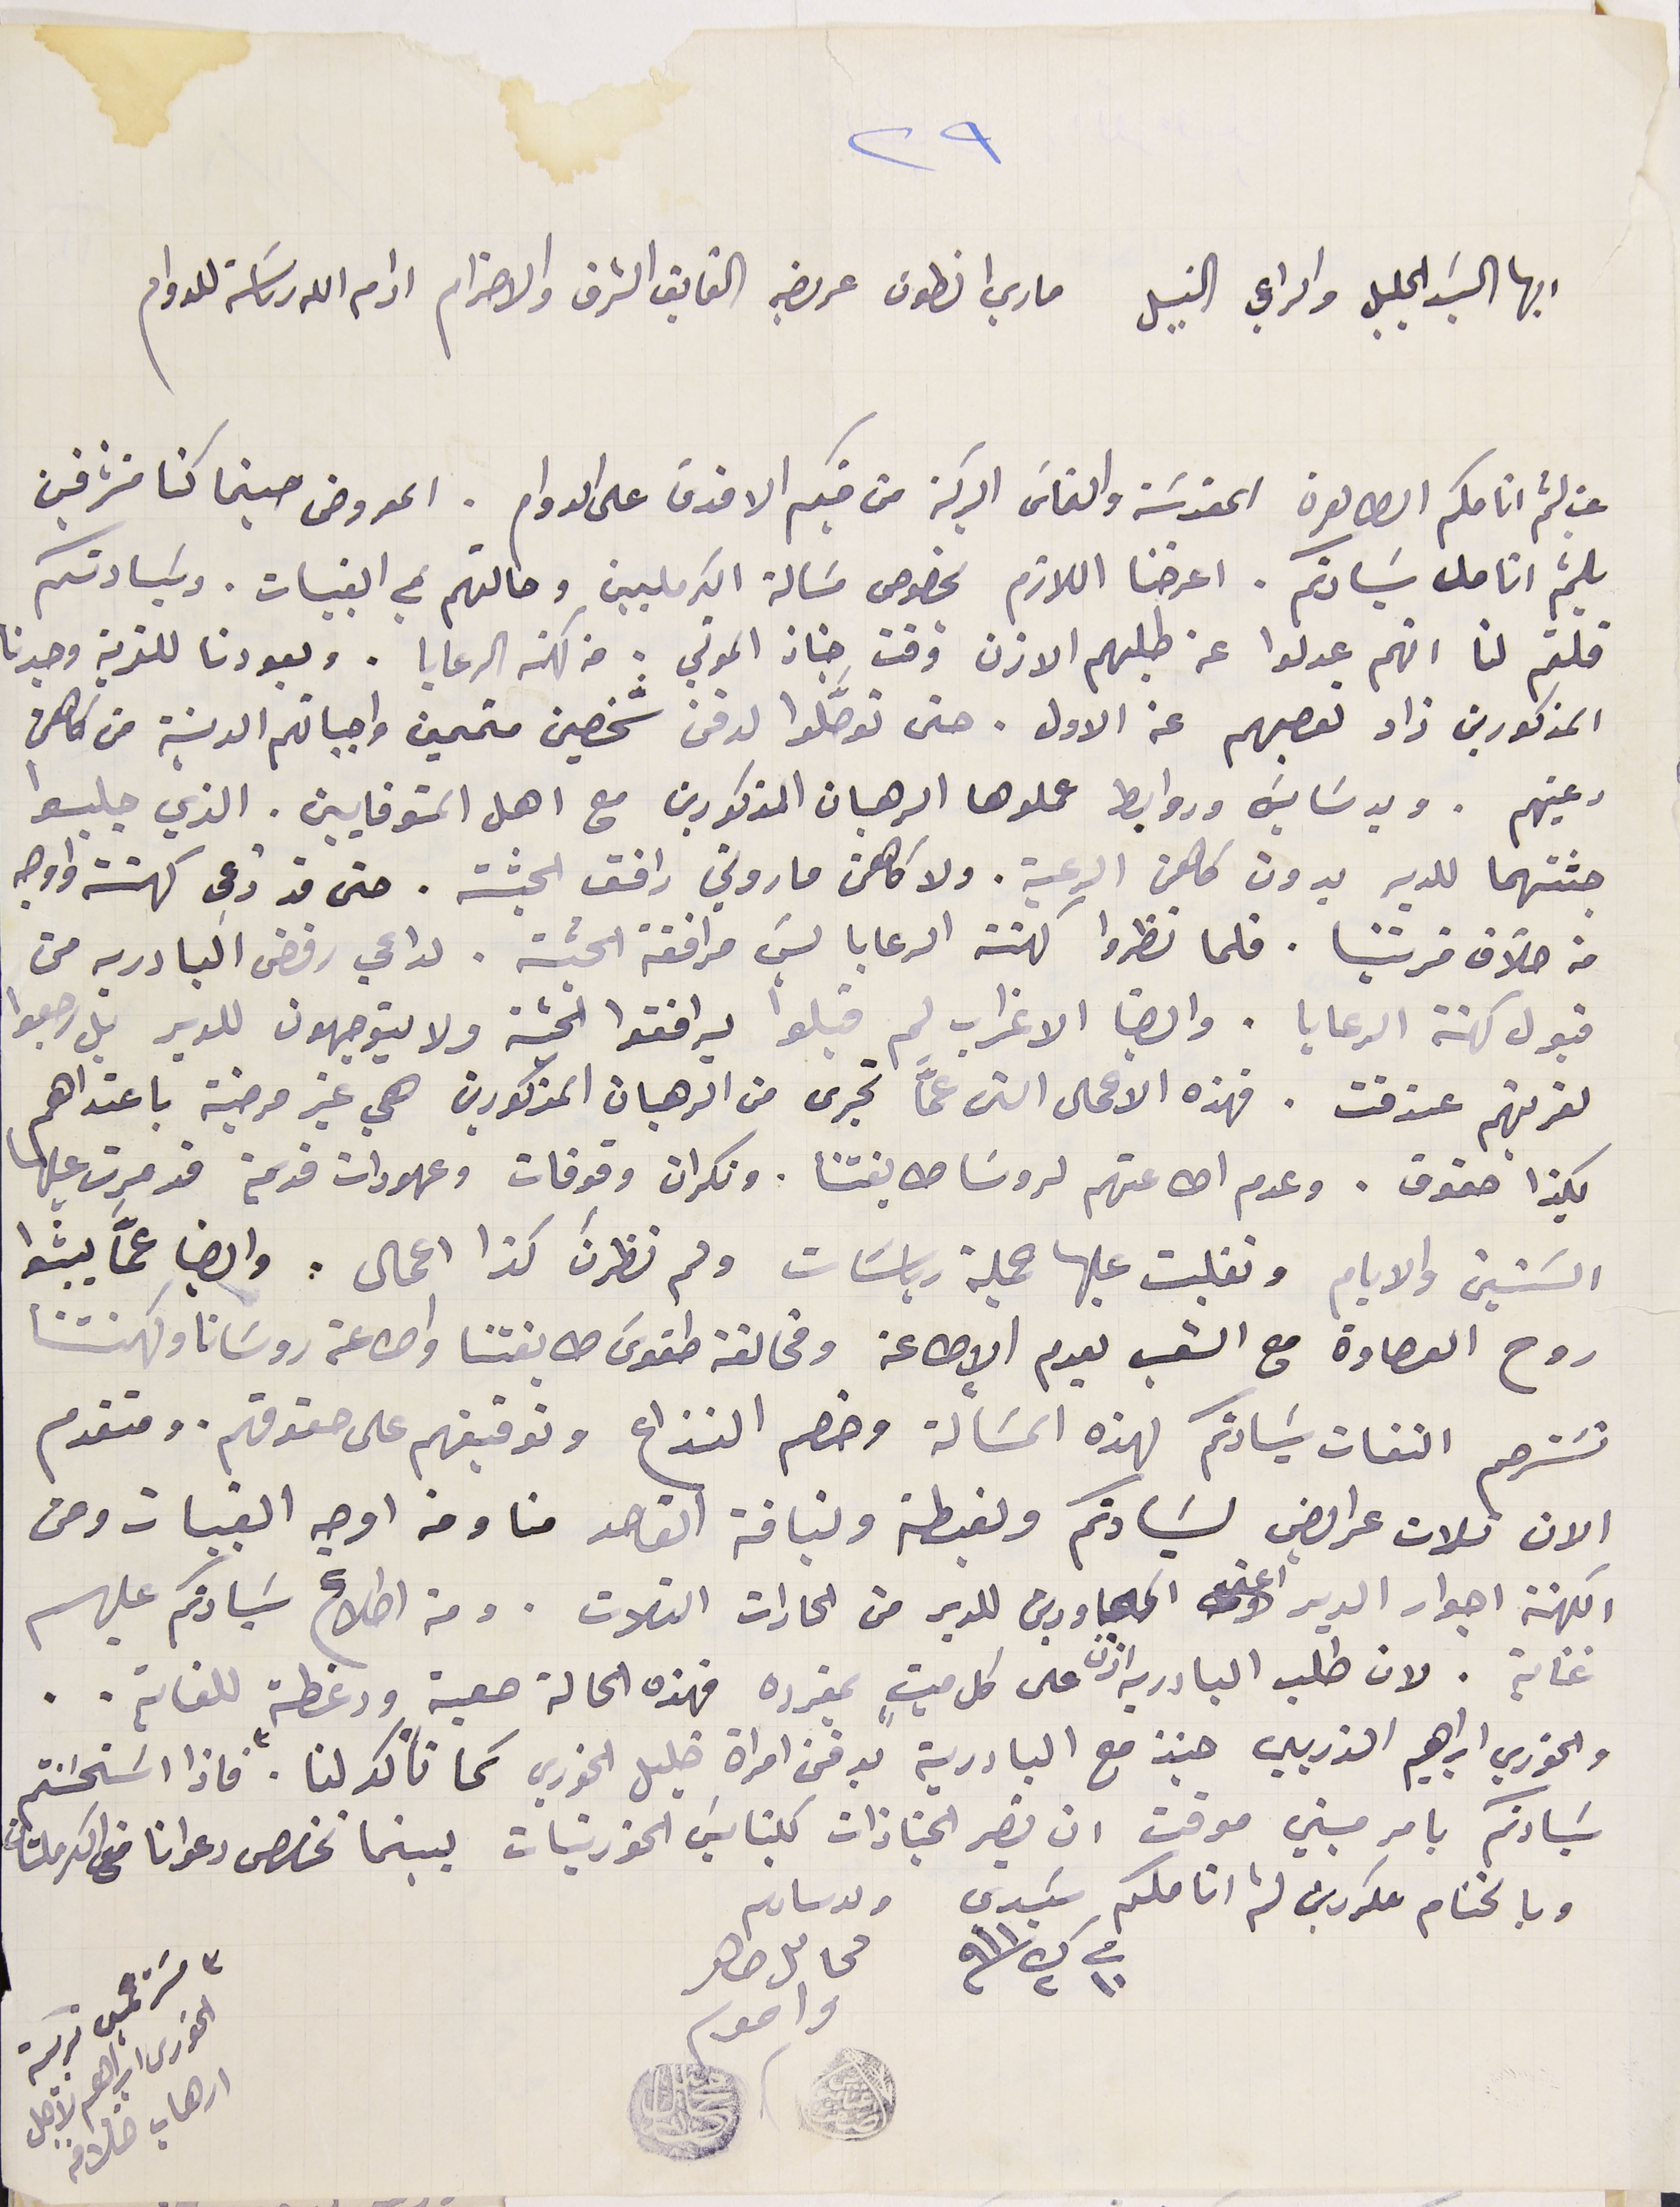
٢٩
ايها السَيد الجليل والراعي النبيل ماري انطون عريضه الفايق الشرف والاحترام ادام الله رىاسته للدوام
غب لثم انامكم الطاهرة المقدسَة والتماسَ البركة من فمكم الاقدس على الدوام. المعروض حينما كنا مشرفين
بلثم انامل سَيادتكم. اعرضنا اللازم بخصوص مسَالة الكرمليين وحالتهم في القبيات. وسَيادتكم
قلتم لنا انهم عدلوا عن طلبهم الاذن وقت جناز الموتي . من كهنه الرعايا. وبعودنا للقرية وجدنا
المذكورين زاد تعصبهم عن الاول. حتى توصَّلوا لدفن شخصين متممين واجباتهم الدينية من كاهن
رعيتهم. وبدسَايسَ وروابط عملوها الرهبان المذكورين مع اهل المتوفايين. الذي جلبوا
جثتهما للدير بدون كاهن الرعية. ولا كاهن ماروني رافق الجثة. حتى قد دعى كهنَة واوجه
من خلاف قريتنا. فلما نظروا كهنة الرعايا ليسَ مرافقة الجثة. لداعي رفض البادريه من
قبول كهنة الرعايا. وايضا الاغراب لم قبلوا يرافقوا الجثة ولا يتوجهون للدير بل رجعوا
لقريتهم عندقت. فهذه الاعمال التى عمَّا تجرى من الرهبان المذكورين هي غير مرضية باعتداهم
بكذا حقوق. وعدم اطاعتهم لروسَا طايفتنا. ونكران وقوفات وعهودات قديمة قد مرت عليها
السَنين والايام وتقلبت عليها جملة رياسَات ولم نظرنَ كذا اعمال. وايضا عمَّا يبثوا
روح العصاوة مع الشعب لعدم الإطاعة ومخالفة طقوسَ طايفتنا واطاعة روسَانا وكهنتنا
نسَترحم التفات سَيادتكم لهذه المسَالة وخصم النزاع وتوقيفهم على حقوقهم. ومتقدم
الان تلات عرايض لسَيادتكم ولغبطته ونياقة القاصد منا ومن اوجه القيبات ومن
الكهنة اجوار الدير اعني المجاورين للدير من الحارات الثلاث. ومن اطلاع سَيادتكم عليهم
عناية. لان طلب البادريه اذن على كل ميتٍ بمفرده فهذه الحالة صعبة ودغطة للغاية..
والخوري ابراهيم الذربي حينذ مع البادرية بدفن امراة خليل الخوري كما تأكد لنا. فاذا اسَتحسَنتم
سَيادتكم بامر مبين موقت ان تصير الجنازات كنايسَ الخورنيات بينما تخصص دعوانا من الكرملتان
وبالختام مكررين لثم انامكم سَيدي  ولد ساىكم
فى ١٠ ك٢ ٩١١ محاىل ضاهر  واخو
٣ مسترحمين تربية
الخورى ابراهيم لاجل
ارهاب خلافه